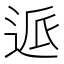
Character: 𰺺